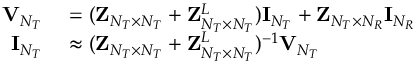
\begin{array} { r l } { { \bf { V } } _ { N _ { T } } } & { { } = ( { \bf { Z } } _ { N _ { T } \times N _ { T } } + { \bf { Z } } _ { N _ { T } \times N _ { T } } ^ { L } ) { \bf { I } } _ { N _ { T } } + { \bf { Z } } _ { N _ { T } \times N _ { R } } { \bf { I } } _ { N _ { R } } } \\ { { \bf { I } } _ { N _ { T } } } & { { } \approx ( { \bf { Z } } _ { N _ { T } \times N _ { T } } + { \bf { Z } } _ { N _ { T } \times N _ { T } } ^ { L } ) ^ { - 1 } { \bf { V } } _ { N _ { T } } } \end{array}